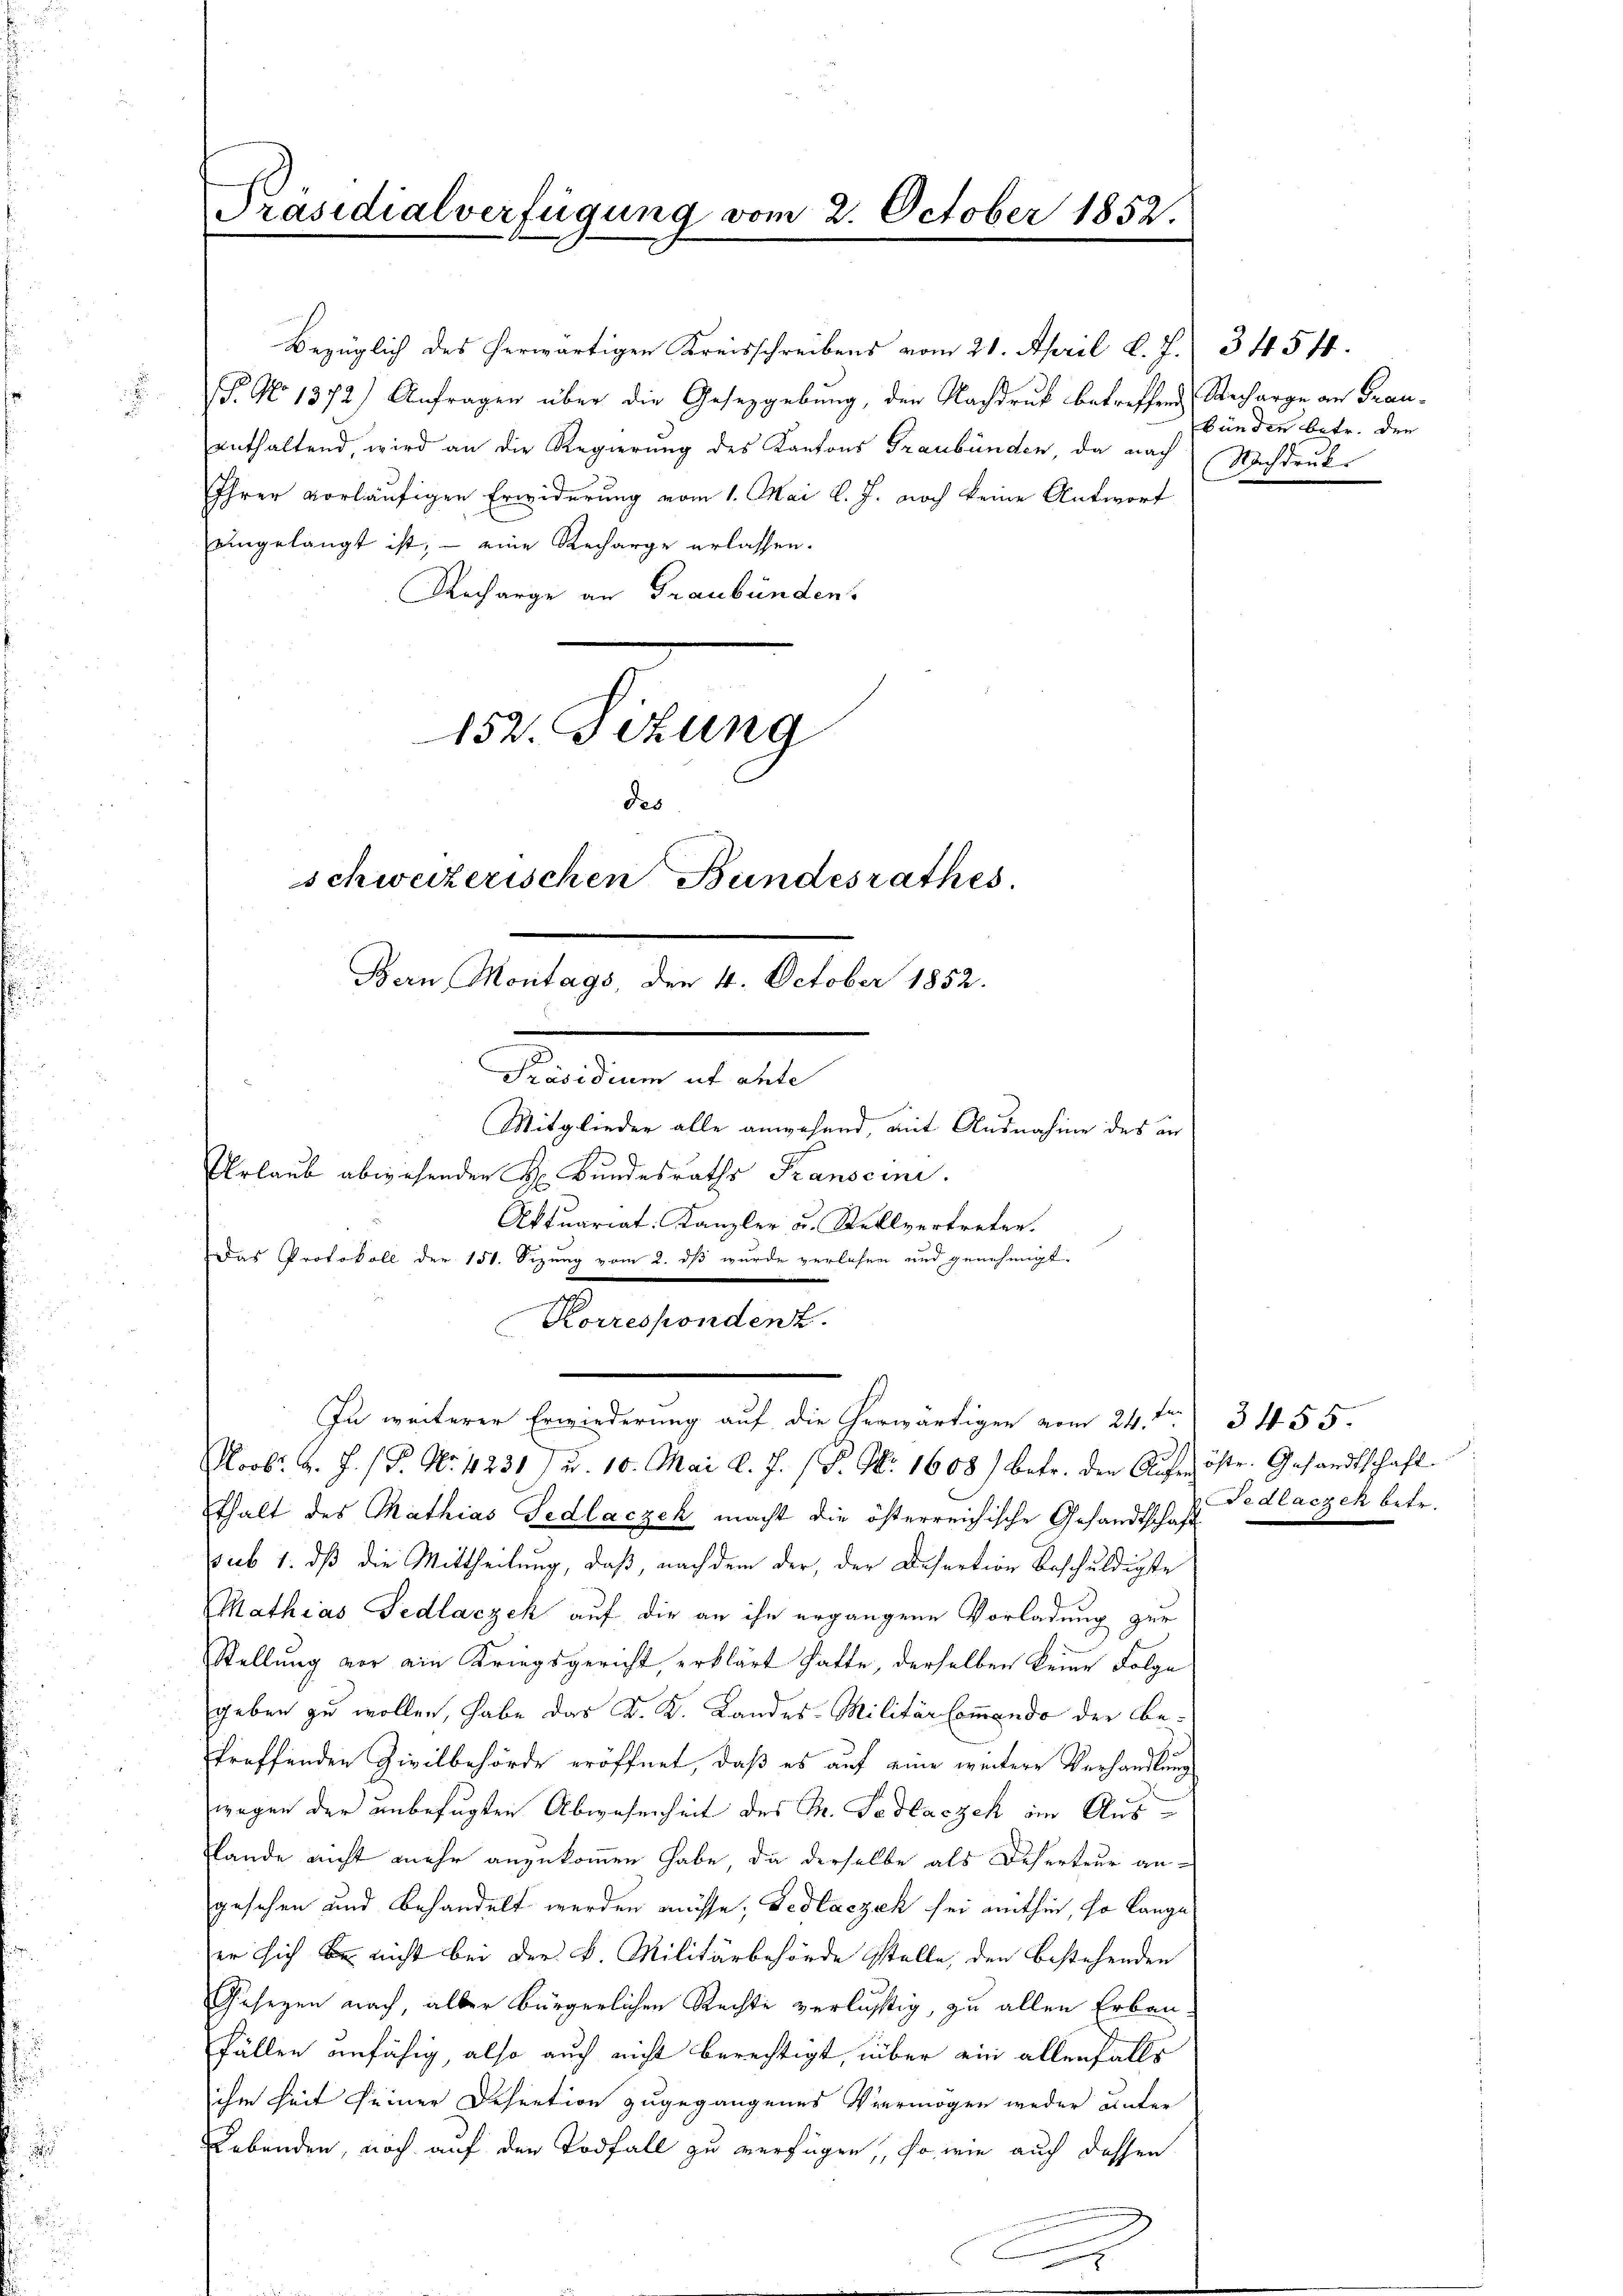
Präsidialverfügung vom 2. October 1852.

Bezüglich des herwärtigen Kreisschreibens vom 21. April l. J. 34541.
P. No 1372) Anfragen über die Gesetzgebung, der Nachdruk betreffend Recharge an Frauenthaltend, wird an die Regierung des Kantons Graubünden, da nach
Ihrer vorläufigen Erwiderung vom 1. Mai l. J. noch keine Antwort
eingelangt ist, – eine Recharge erlassen.
Recharge an Graubünden.
152. Sitzung
des
schweizerischen Bundesrathes.

Bern Montags, den 4. October 1852.

Urlaub abwesenden H. Bundesraths Transcini.
Aktuariat Kanzler u. Stellvertreten.
Das Protokoll der 151. Sizung vom 2. dß wurde verlesen und genehmigt.
Korrespondenz.
Norb. J. J. P. Nr. 4231) u. 10. Mai l. J. (S. Nr. 1608) betr. den Aŭfröste. Gesandtschaft
thalt des Mathias Fedlaczek macht die österreichische Gesandtschaft
sub 1. daß die Mittheilung, daß, nach dem der, der Desertion beschuldigte
Mathias Fedlaczek auf die an ihn ergangene Vorladung zur
Stellung vor ein Kriegsgericht, erklärt hatte, derselben keine Folge
geben zu wollen, habe das K. K. Landes-Militär-Commando der Betreffenden Zivilbehörde eröffnet, daß es auf eine weitere Verhandlung
wegen der unbefugten Abwesenheit des M. Todlazzeh im Ausslande nicht mehr anzukommen habe, da derselbe als Deserteur angesehen und behandelt werden müsse, Fedlaczek sei mithin, so lange
er sich bei nicht bei der k. Militärbehörde stelle, den bestehenden
Gesezen nach, aller bürgerlichen Rechte verlustig, zu allen Erbau¬
Fällen unfähig, also auch nicht berechtigt, über ein allenfalls
ihm heit seiner Desention zugegangenes Vermögen weder unter
Lebenden, noch auf den Todfall zu verfügen, so wie auch dessen

Präsidium ut alte
Mitglieder alle anwesend, mit Ausnahme des an

In weiterer Erwiederung auf die herwärtigen vom 24. ten 3455.

bünden betr. den
Nachdruck.

edlaczek betr.